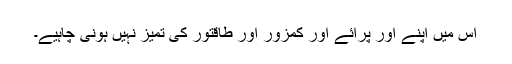
اس میں اپنے اور پرائے اور کمزور اور طاقتور کی تمیز نہیں ہونی چاہیے۔